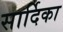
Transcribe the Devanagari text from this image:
सार्दिका